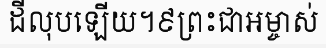
ដីលុបឡើយ។៩ព្រះជាអម្ចាស់